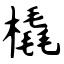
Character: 橇